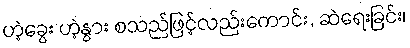
ဟဲ့ခွေး ဟဲ့နွား စသည်ဖြင့်လည်းကောင်း, ဆဲရေးခြင်း၊